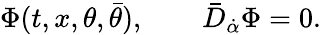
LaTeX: \Phi(t,x,\theta,\bar{\theta}),\qquad\bar{D}_{\dot{\alpha}}\Phi=0.